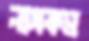
নাসকম